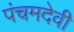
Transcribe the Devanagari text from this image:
पंचमदेवी